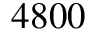
4 8 0 0